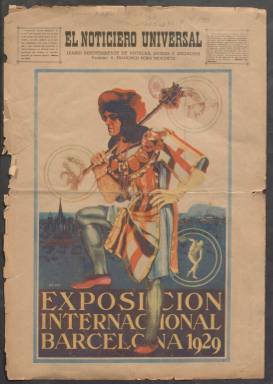
Título: El Noticiero universal. Complemento ilustrado
Otros títulos: Complemento ilustrado
Colección: Revistas de información general
Ámbito geográfico: Barcelona
Lugar de publicación: Barcelona
Fechas: 01/01/1929-14/11/1930